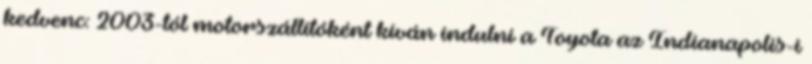
kedvenc: 2003-tól motorszállítóként kíván indulni a Toyota az Indianapolis-i